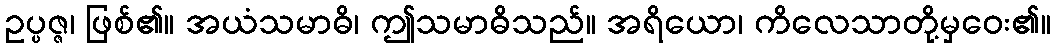
ဥပ္ပဇ္ဇ၊ ဖြစ်၏။ အယံသမာဓိ၊ ဤသမာဓိသည်။ အရိယော၊ ကိလေသာတို့မှဝေး၏။